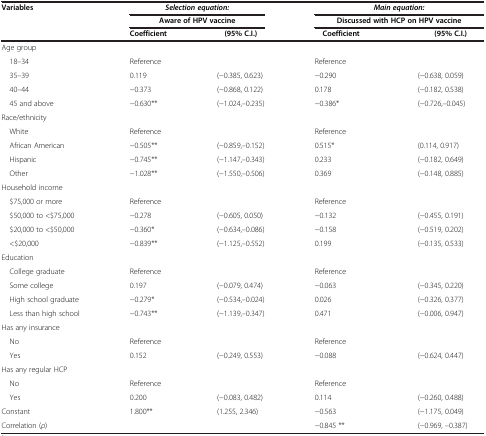
<table><thead><tr><td><b>Variables</b></td><td colspan="2"><b><i>Selection equation:</i></b></td><td colspan="2"><b><i>Main equation:</i></b></td></tr><tr><td><b> </b></td><td colspan="2"><b>Aware of HPV vaccine</b></td><td colspan="2"><b>Discussed with HCP on HPV vaccine</b></td></tr><tr><td><b> </b></td><td><b>Coefficient</b></td><td><b> (95% C.I.)</b></td><td><b> Coefficient</b></td><td><b>(95% C.I.)</b></td></tr></thead><tbody><tr><td>Age group</td><td> </td><td> </td><td> </td><td> </td></tr><tr><td> 18–34</td><td>Reference</td><td> </td><td>Reference</td><td> </td></tr><tr><td> 35–39</td><td>0.119</td><td>(−0.385, 0.623)</td><td>−0.290</td><td>(−0.638, 0.059)</td></tr><tr><td> 40–44</td><td>−0.373</td><td>(−0.868, 0.122)</td><td>0.178</td><td>(−0.182, 0.538)</td></tr><tr><td> 45 and above</td><td>−0.630**</td><td>(−1.024,–0.235)</td><td>−0.386*</td><td>(−0.726,–0.045)</td></tr><tr><td>Race/ethnicity</td><td> </td><td> </td><td> </td><td> </td></tr><tr><td> White</td><td>Reference</td><td> </td><td>Reference</td><td> </td></tr><tr><td> African American</td><td>−0.505**</td><td>(−0.859,–0.152)</td><td>0.515*</td><td>(0.114, 0.917)</td></tr><tr><td> Hispanic</td><td>−0.745**</td><td>(−1.147,–0.343)</td><td>0.233</td><td>(−0.182, 0.649)</td></tr><tr><td> Other</td><td>−1.028**</td><td>(−1.550,–0.506)</td><td>0.369</td><td>(−0.148, 0.885)</td></tr><tr><td>Household income</td><td> </td><td> </td><td> </td><td> </td></tr><tr><td> $75,000 or more</td><td>Reference</td><td> </td><td>Reference</td><td> </td></tr><tr><td> $50,000 to &lt;$75,000</td><td>−0.278</td><td>(−0.605, 0.050)</td><td>−0.132</td><td>(−0.455, 0.191)</td></tr><tr><td> $20,000 to &lt;$50,000</td><td>−0.360*</td><td>(−0.634,–0.086)</td><td>−0.158</td><td>(−0.519, 0.202)</td></tr><tr><td> &lt;$20,000</td><td>−0.839**</td><td>(−1.125,–0.552)</td><td>0.199</td><td>(−0.135, 0.533)</td></tr><tr><td>Education</td><td> </td><td> </td><td> </td><td> </td></tr><tr><td> College graduate</td><td>Reference</td><td> </td><td>Reference</td><td> </td></tr><tr><td> Some college</td><td>0.197</td><td>(−0.079, 0.474)</td><td>−0.063</td><td>(−0.345, 0.220)</td></tr><tr><td> High school graduate</td><td>−0.279*</td><td>(−0.534,–0.024)</td><td>0.026</td><td>(−0.326, 0.377)</td></tr><tr><td> Less than high school</td><td>−0.743**</td><td>(−1.139,–0.347)</td><td>0.471</td><td>(−0.006, 0.947)</td></tr><tr><td>Has any insurance</td><td> </td><td> </td><td> </td><td> </td></tr><tr><td> No</td><td>Reference</td><td> </td><td>Reference</td><td> </td></tr><tr><td> Yes</td><td>0.152</td><td>(−0.249, 0.553)</td><td>−0.088</td><td>(−0.624, 0.447)</td></tr><tr><td>Has any regular HCP</td><td> </td><td> </td><td> </td><td> </td></tr><tr><td> No</td><td>Reference</td><td> </td><td>Reference</td><td> </td></tr><tr><td> Yes</td><td>0.200</td><td>(−0.083, 0.482)</td><td>0.114</td><td>(−0.260, 0.488)</td></tr><tr><td>Constant</td><td>1.800**</td><td>(1.255, 2.346)</td><td>−0.563</td><td>(−1.175, 0.049)</td></tr><tr><td>Correlation (<i>ρ</i>)</td><td> </td><td> </td><td>−0.845 **</td><td>(−0.969, –0.387)</td></tr></tbody></table>